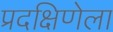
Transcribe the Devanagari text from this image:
प्रदक्षिणेला